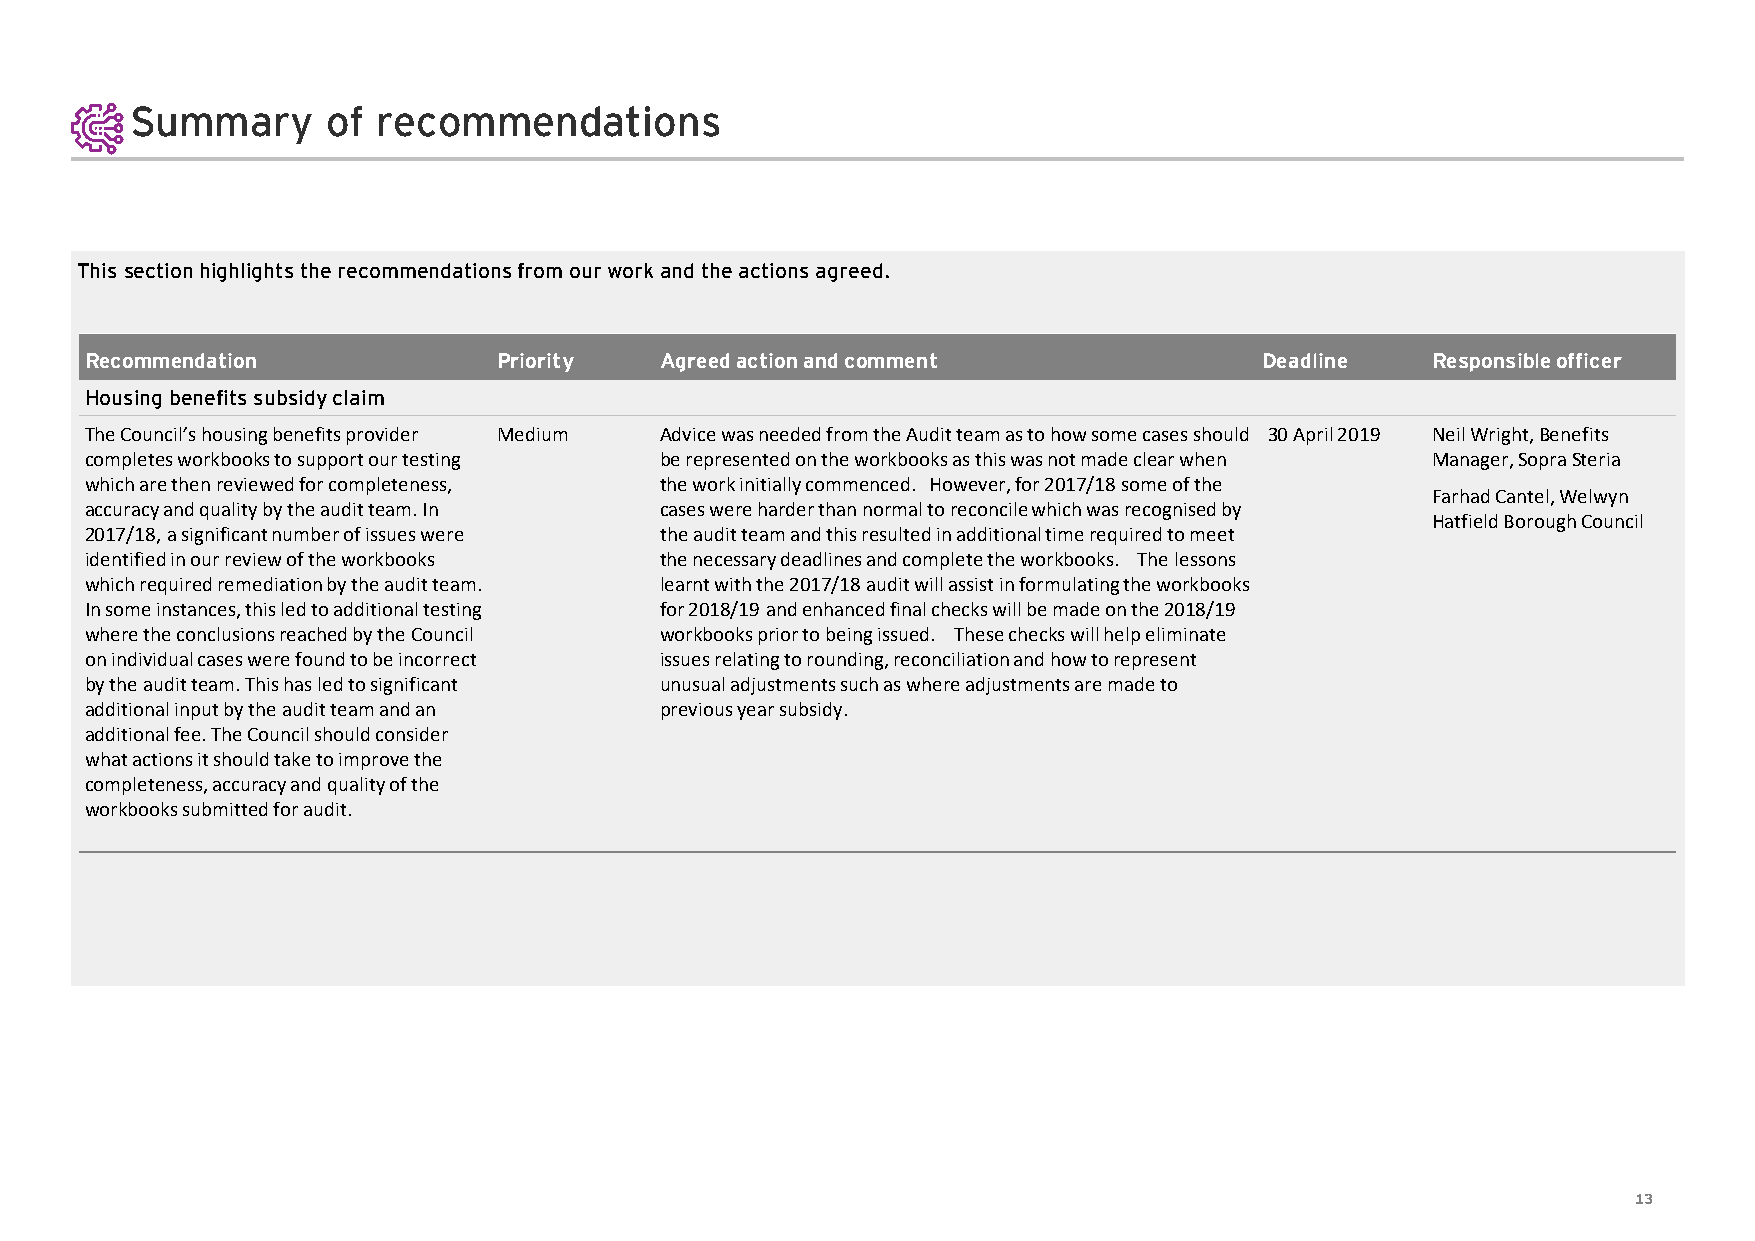
Summary      of recommendations
 This section highlights the recommendations from our work and the actions agreed.
 Recommendation             Priority   Agreed action and comment               Deadline   Responsible officer
 Housing benefits subsidy claim
 The Council’s housing benefits provider Medium Advice was needed from the Audit team as to how some cases should 30 April 2019 Neil Wright, Benefits
 completes workbooks to support our testing be represented on the workbooks as this was not made clear when Manager, SopraSteria
 which are then reviewed for completeness, the work initially commenced. However, for 2017/18 some of the
 Farhad Cantel, Welwyn
 accuracy and quality by the audit team. In cases were harder than normal to reconcile which was recognised by
 Hatfield Borough Council
 2017/18, a significant number of issues were the audit team and this resulted in additional time required to meet
 identified in our review of the workbooks the necessary deadlines and complete the workbooks. The lessons
 which required remediation by the audit team. learnt with the 2017/18 audit will assist in formulating the workbooks
 In some instances, this led to additional testing for 2018/19 and enhanced final checks will be made on the 2018/19
 where the conclusions reached by the Council workbooks prior to being issued. These checks will help eliminate
 on individual cases were found to be incorrect issues relating to rounding, reconciliation and how to represent
 by the audit team. This has led to significant unusual adjustments such as where adjustments are made to
 additional input by the audit team and an previous year subsidy.
 additional fee. The Council should consider
 what actions it should take to improve the
 completeness, accuracy and quality of the
 workbooks submitted for audit.
 13